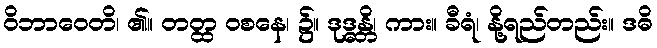
ဝိဘာဝေတိ၊ ၏။ တတ္ထ ဝစနေ၊ ၌။ ဒုဒ္ဓန္တိ၊ ကား။ ခီရံ၊ နို့ရည်တည်း။ ဒဓိ